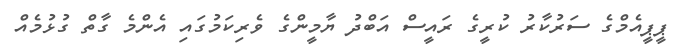
ޕީޕީއެމްގެ ސަރުކާރު ކުރީގެ ރައީސް އަބްދު ޔާމީންގެ ވެރިކަމުގައި އެންމެ ގާތް ގުޅުމެއް